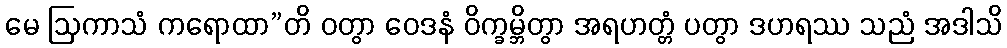
မေ ဩကာသံ ကရောထာ”တိ ဝတွာ ဝေဒနံ ဝိက္ခမ္ဘိတွာ အရဟတ္တံ ပတွာ ဒဟရဿ သညံ အဒါသိ